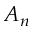
A _ { n }